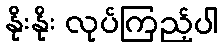
နိုးနိုး လုပ်ကြည့်ပါ